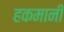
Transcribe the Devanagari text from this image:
हकमानी